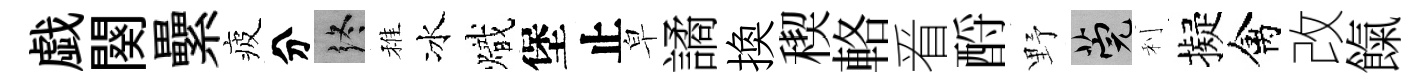
戯闋纍疲分终稚冰熾堡止皁譎换稧輅㸔酹野筦利擬禽改餼